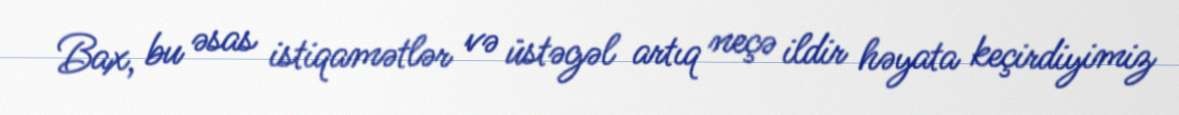
Bax, bu əsas istiqamətlər və üstəgəl artıq neçə ildir həyata keçirdiyimiz